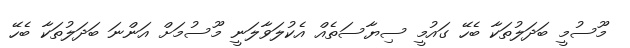
މޫސުމީ ބަދަލުތަކާ ބެހޭ ގައުމީ ސިޔާސަތެއް އެކުލަވާލަނީ މޫސުމަށް އަންނަ ބަދަލުތަކާ ބެހޭ